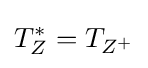
T_{Z}^{*}=T_{Z^{+}}